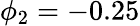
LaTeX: \phi_{2}=-0.25